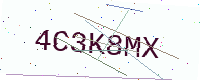
Text: 4C3K8MX